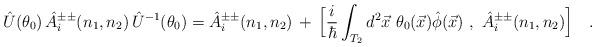
LaTeX: \begin{align*}\hat{U}(\theta_0)\,\hat{A}_i^{\pm\pm}(n_1,n_2)\,\hat{U}^{-1}(\theta_0)=\hat{A}_i^{\pm\pm}(n_1,n_2)\,+\,\Big[\frac{i}{\hbar}\int_{T_2}d^2\vec{x}\ \theta_0(\vec{x})\hat{\phi}(\vec{x})\ ,\ \hat{A}_i^{\pm\pm}(n_1,n_2)\Big]\ \ \ .\end{align*}